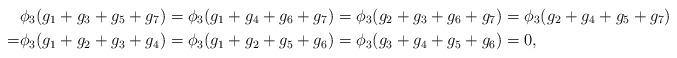
LaTeX: \begin{align*}&\phi_3(g_1+g_3+g_5+g_7)=\phi_3(g_1+g_4+g_6+g_7)=\phi_3(g_2+g_3+g_6+g_7)=\phi_3(g_2+g_4+g_5+g_7)\\=&\phi_3(g_1+g_2+g_3+g_4)=\phi_3(g_1+g_2+g_5+g_6)=\phi_3(g_3+g_4+g_5+g_6)=0,\end{align*}